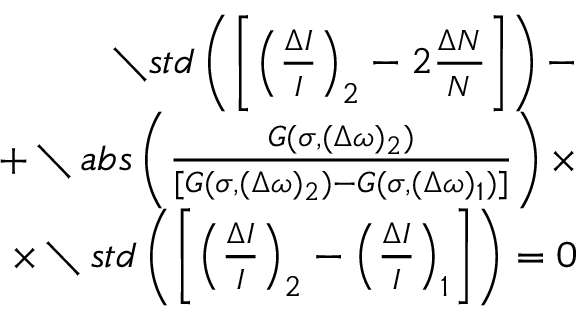
\begin{array} { r l r } & { } & { \setminus s t d \left( \left[ \left( \frac { \Delta I } { I } \right) _ { 2 } - 2 \frac { \Delta N } { N } \right] \right) - } \\ & { } & { + \setminus a b s \left( \frac { G ( \sigma , ( \Delta \omega ) _ { 2 } ) } { [ G ( \sigma , ( \Delta \omega ) _ { 2 } ) - G ( \sigma , ( \Delta \omega ) _ { 1 } ) ] } \right) \times } \\ & { } & { \times \setminus s t d \left( \left[ \left( \frac { \Delta I } { I } \right) _ { 2 } - \left( \frac { \Delta I } { I } \right) _ { 1 } \right] \right) = 0 } \end{array}